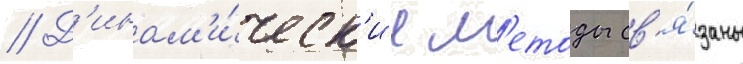
// Д'инам'и́ческ'ие м'етоды св'я́заны